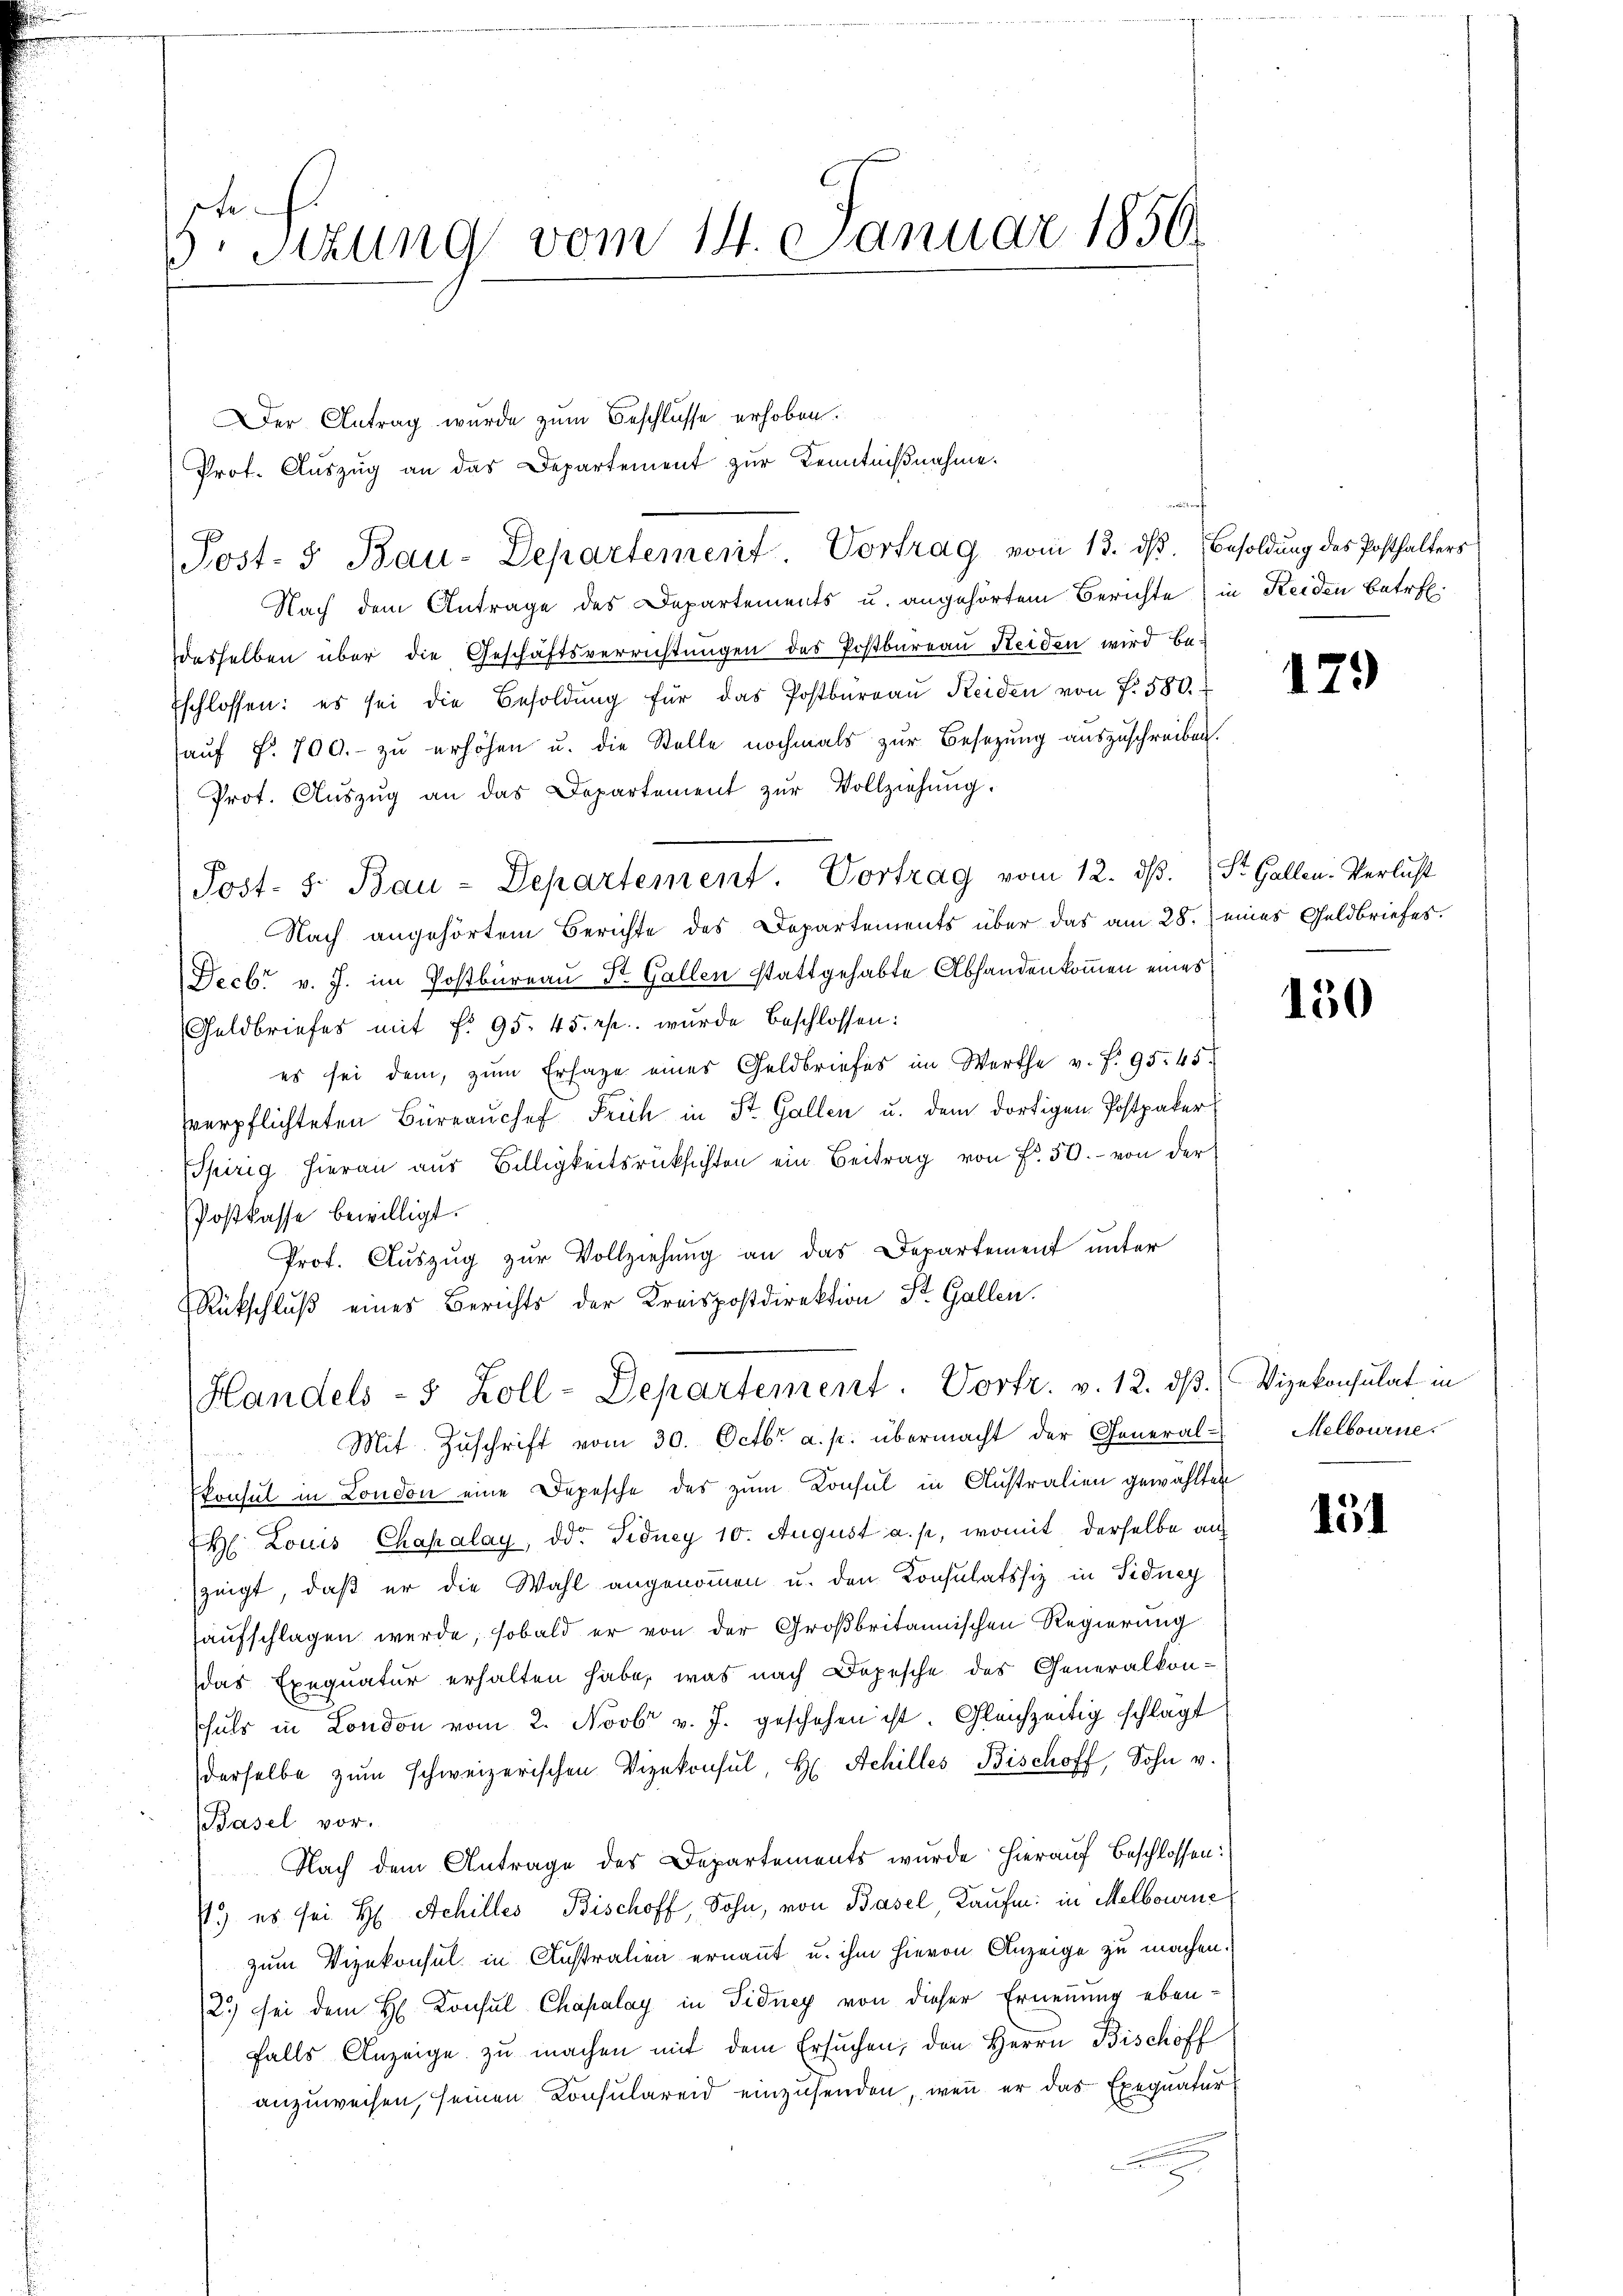
5te Sizung vom 14. Januar 1850.

Der Antrag wurde zum Beschlüsse erhoben.
f
Post- & Bau-Departement. Vortrag vom 13. dß. Besoldung des Posthalters
Nach dem Antrage des Departements u. angehörtem Berichte in Reiden betrefdesselben über die Geschäftsverrichtŭngen des Postbureau Heiden wird be¬
Eschlossen: es sei die Besoldŭng für das Postbüreaŭ Reiden von f. 580.
aŭf §. 700.- zŭ erhöhen u. die Stelle nochmals zur Besetzung auszuschreiben.
Prot. Aŭszŭg an das Departement zŭr Vollziehŭng.
Nach angehörtem Berichte des Departements über das am 28. eines Geldbriefes.
Decbr v. J. im Postbureau St. Gallen stattgehabte Abhandenkommen eines
Geldbriefes mit f. 95. 45. rp. wurde beschlossen:
es sei dem, zum Erlage eines Geldbriefes im Werthe v. f. 95. 45
verpflichteten Büreaŭchef Früh in St. Gallen u. dem dortigen Postpaker
Spirig hieran aus Billigkeitsrücksichten ein Beitrag von f. 50.- von der
Postkasse bewilligt.
Prof. Auszug zur Vollziehung an das Departement unter
Rückschluß eines Berichts der Kreispostdirektion St. Gallen.

Post- u. Bau-Departement. Vortrag vom 12. dβ. St. Gallen-Verlicht

Prot. Aŭszŭg an das Departement zŭr Kenntniβnahme.

Handels - 5 Zoll-Departement. Vortr. v. 12. ds Vizekonsulat in
Mit Zŭschrift vom 30. Octbr. a. p. übermacht der General-Melbourne

Ekonsul in London eine Depesche des zum Konsul in Anstralien gewählten
H. Louis Chapalay, ddr Fidney 10. August a. p., womit derselbe an
zeigt, daß er die Wahl angenommen u. den Konsulatssiz in Sidney
aufschlagen werde, sobald er von der Großbritannischen Regierung
das Exequatur erhalten habe, was nach Depesche des Generalkon-
hals in London vom 2. Novbr v. J. geschehen ist. Gleichzeitig schlagt
derselbe zŭm schweizerischen Vizekonsul, H. Schilles Bischoff, Sohn v.
Basel vor.
Nach dem Antrage des Departements wurde hierauf beschlossen:
.) es sei H. Achilles Bischoff, Sohn, von Basel, Kaufen: in Melbourne
zum Vizekonsul in Australien ernannt u. ihm hievon Anzeige zu machen.
2.) Sei dem H. Konsul Chapalay in Sidney von dieser Ernennung ebenfalls Anzeige zu machen mit dem Ersuchen, den Herrn Bischoff
anzuweisen, seinen Konsulareid einzusenden, wenn er das Exequatur
e

179

150

151